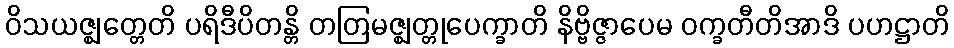
ဝိသယဇ္ဈတ္တေတိ ပရိဒီပိတန္တိ တတြမဇ္ဈတ္တုပေက္ခာတိ နိဗ္ဗိဇ္ဇာပေမ ဝက္ခတီတိအာဒိ ပဟဋ္ဌာတိ